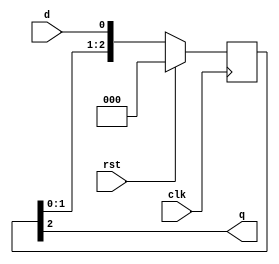
module  dly_n(clk,rst,d,q);
input     clk;
input     rst;
input     d;
output    q;

parameter n=3;
reg [n-1:0] dly_q;
assign  q=dly_q[n-1];

always  @(posedge clk)
begin
  if(rst==1'b1)
    dly_q <=  0;
  else
    dly_q <=  {dly_q[n-2:0],d};
end

endmodule